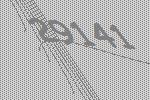
29141